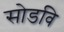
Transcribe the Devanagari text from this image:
सोडवि